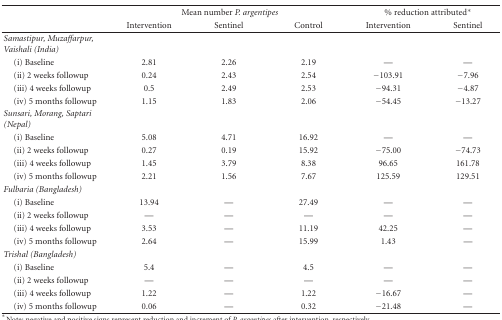
<table><thead><tr><td></td><td colspan="3"><b>Mean number <i>P. argentipes </i></b></td><td colspan="2"><b>% reduction attributed*</b></td></tr><tr><td></td><td><b>Intervention</b></td><td><b>Sentinel</b></td><td><b>Control</b></td><td><b>Intervention</b></td><td><b>Sentinel</b></td></tr></thead><tbody><tr><td><i>Samastipur, Muzaffarpur, Vaishali (India)</i></td><td></td><td></td><td></td><td></td><td></td></tr><tr><td> (i) Baseline</td><td>2.81</td><td>2.26</td><td>2.19</td><td>—</td><td>—</td></tr><tr><td> (ii) 2 weeks followup</td><td>0.24</td><td>2.43</td><td>2.54</td><td>−103.91</td><td>−7.96</td></tr><tr><td> (iii) 4 weeks followup</td><td>0.5</td><td>2.49</td><td>2.53</td><td>−94.31</td><td>−4.87</td></tr><tr><td> (iv) 5 months followup</td><td>1.15</td><td>1.83</td><td>2.06</td><td>−54.45</td><td>−13.27</td></tr><tr><td><i>Sunsari, Morang, Saptari (Nepal)</i></td><td></td><td></td><td></td><td></td><td></td></tr><tr><td> (i) Baseline</td><td>5.08</td><td>4.71</td><td>16.92</td><td>—</td><td>—</td></tr><tr><td> (ii) 2 weeks followup</td><td>0.27</td><td>0.19</td><td>15.92</td><td>−75.00</td><td>−74.73</td></tr><tr><td> (iii) 4 weeks followup</td><td>1.45</td><td>3.79</td><td>8.38</td><td>96.65</td><td>161.78</td></tr><tr><td> (iv) 5 months followup</td><td>2.21</td><td>1.56</td><td>7.67</td><td>125.59</td><td>129.51</td></tr><tr><td><i>Fulbaria (Bangladesh)</i></td><td></td><td></td><td></td><td></td><td></td></tr><tr><td> (i) Baseline</td><td>13.94</td><td>—</td><td>27.49</td><td>—</td><td>—</td></tr><tr><td> (ii) 2 weeks followup</td><td>—</td><td>—</td><td>—</td><td>—</td><td>—</td></tr><tr><td> (iii) 4 weeks followup</td><td>3.53</td><td>—</td><td>11.19</td><td>42.25</td><td>—</td></tr><tr><td> (iv) 5 months followup</td><td>2.64</td><td>—</td><td>15.99</td><td>1.43</td><td>—</td></tr><tr><td><i>Trishal (Bangladesh)</i></td><td></td><td></td><td></td><td></td><td></td></tr><tr><td> (i) Baseline</td><td>5.4</td><td>—</td><td>4.5</td><td>—</td><td>—</td></tr><tr><td> (ii) 2 weeks followup</td><td>—</td><td>—</td><td>—</td><td>—</td><td>—</td></tr><tr><td> (iii) 4 weeks followup</td><td>1.22</td><td>—</td><td>1.22</td><td>−16.67</td><td>—</td></tr><tr><td> (iv) 5 months followup</td><td>0.06</td><td>—</td><td>0.32</td><td>−21.48</td><td>—</td></tr></tbody></table>